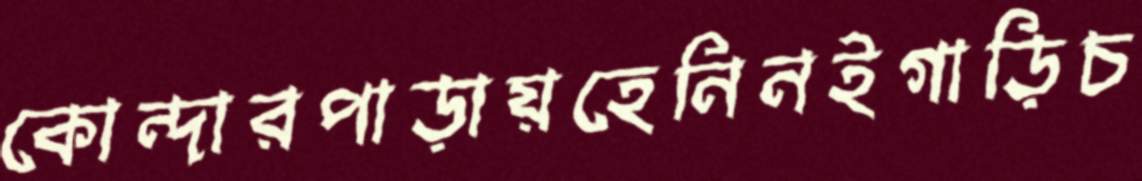
কোন্দারপাড়ায়হেনিনইগাড়িচ